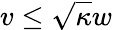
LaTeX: v\le\sqrt{\kappa}w